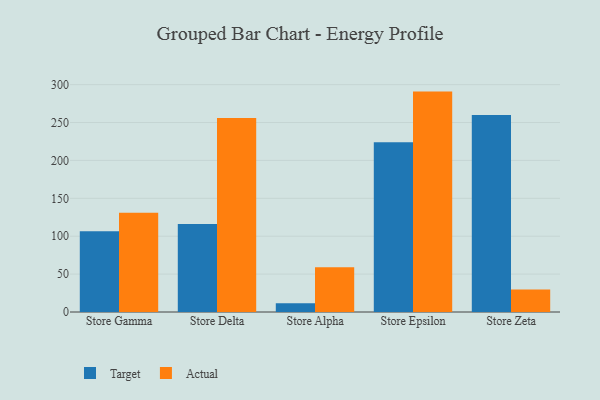
{"axis": {"x": "Store", "y": "Satisfaction Score"}, "legend": ["Actual", "Target"], "data": [{"x": "Store Gamma", "y": 106.6, "type": "Target"}, {"x": "Store Gamma", "y": 130.9, "type": "Actual"}, {"x": "Store Delta", "y": 116.1, "type": "Target"}, {"x": "Store Delta", "y": 255.9, "type": "Actual"}, {"x": "Store Alpha", "y": 11.4, "type": "Target"}, {"x": "Store Alpha", "y": 59.2, "type": "Actual"}, {"x": "Store Epsilon", "y": 224.0, "type": "Target"}, {"x": "Store Epsilon", "y": 290.8, "type": "Actual"}, {"x": "Store Zeta", "y": 260.0, "type": "Target"}, {"x": "Store Zeta", "y": 29.8, "type": "Actual"}]}